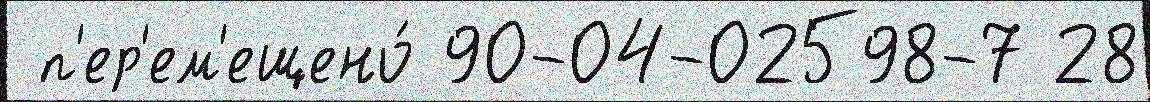
 п'ер'ем'ещено́ 90-04-02598-7 28